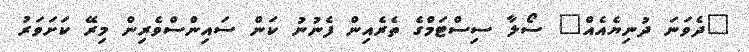
"ދެވަނަ ދުނިޔެއެއް" ސޯލާ ސިސްޓަމްގެ ތެރެއިން ފެނުނު ކަން ސައިންސްވެރިން މިރޭ ކަށަވަރު